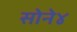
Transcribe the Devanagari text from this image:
सोने४